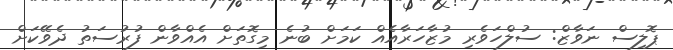
ޕޮލިސް ނަވާޒް: ސުލްހަވެރި މުޒާހަރާއެއް ކަމަށް ބުނެ މިގޮތަށް އެއްވާން ފުރުސަތު ދެވޭކަށް